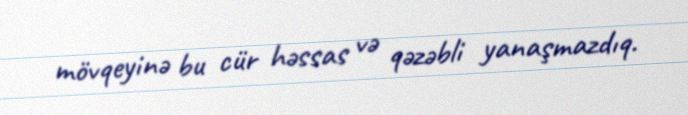
mövqeyinə bu cür həssas və qəzəbli yanaşmazdıq.